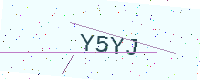
Text: Y5YJ